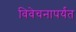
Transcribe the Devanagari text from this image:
विवेचनापर्यंत